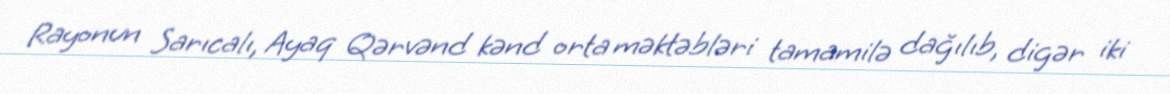
Rayonun Sarıcalı, Ayaq Qərvənd kənd orta məktəbləri tamamilə dağılıb, digər iki